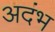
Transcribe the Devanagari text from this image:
अदंभ